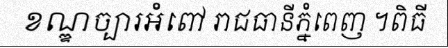
ខណ្ឌច្បារអំពៅ រាជធានីភ្នំពេញ ។ពិធី